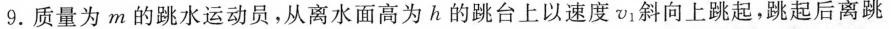
9.质量为m的跳水运动员，从离水面高为h的跳台上以速度v_{1}斜向上跳起，跳起后离跳